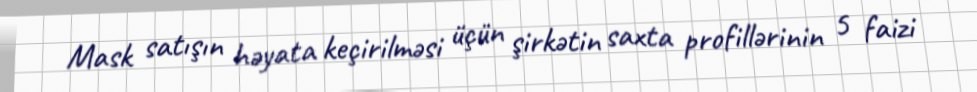
Mask satışın həyata keçirilməsi üçün şirkətin saxta profillərinin 5 faizi